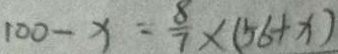
1 0 0 - x = \frac { 8 } { 7 } \times ( 5 6 + x )